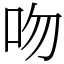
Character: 吻